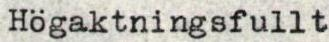
Högaktningsfullt